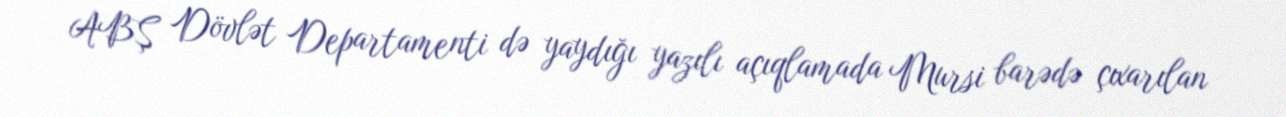
ABŞ Dövlət Departamenti də yaydığı yazılı açıqlamada Mursi barədə çıxarılan